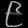
Digit: ၉